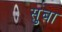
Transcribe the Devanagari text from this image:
सुबा